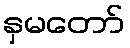
နှမတော်